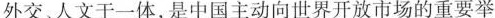
外交、人文于一体，是中国主动向世界开放市场的重要举